Vaccine operations Central Provinces & Berar 1922-1929 - 1922-1929
Year: 1922
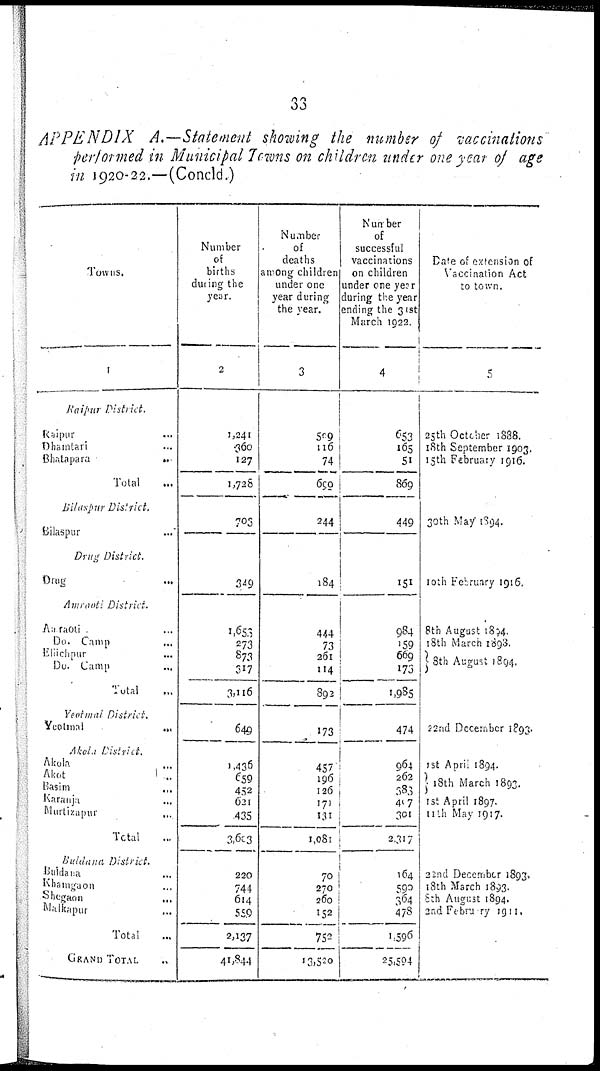
33
APPENDIX A.—Statement showing the number of vaccinations
performed in Municipal Towns on children under one year of age
in 1920-22.—(Concld.)
Towns.
1
Raipur
District.
Raipur ...
Dhamtari ...
Bhatapara
...
Total ...
Bilaspur
District.
Bilaspur ...
Drug
District.
Drug
...
Amraoti
District.
Amraoti ...
Do. Camp ...
Eilichpur
...
Do. Camp ...
Total ...
Yeotmal
District.
Yeotmal
...
Akola District
Akola ...
Akot ...
Basim ...
Karanji ...
Murtazapur ...
Total ...
Buldana District.
Buldana ...
Khamgaon ...
Shegaon ...
Malkapur ...
Total ...
GRAND TOTAL
Number
of
births
during the
year
2
1,241
360
127
1,728
703
349
1,653
273
873
317
3,116
649
1,436
659
452
621
435
3,603
220
744
614
559
2,137
41,844
Number
of
deaths
among children
under one
year during
the year.
3
509
116
74
699
244
184
444
73
261
114
892
173
457
196
126
171
131
1,081
70
270
260
152
752
13,520
Number
of
successful
vaccinations
on children
under one ye?r
during the year
ending the 31st
March 1922.
4
653
165
51
869
449
151
984
159
669
173
1,985
474
964
262
383
407
301
2,317
164
590
364
478
1,596
25,594
Date of extension of
Vaccination Act
to town.
5
25th October 1888.
18th September 1903.
15th February 1916.
30th May 1894.
10th February 1916.
8th August 1854.
18th March 1893.
8th August 1894.
22nd December 1893.
1st April 1894.
18th March 1893.
1st April 1897
11th May 1917.
22nd December 1893.
18th March 1893.
8th August 1894.
2nd February 1911.